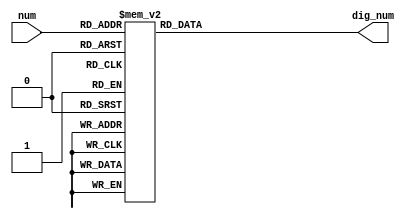
`timescale 1ns / 1ps
//////////////////////////////////////////////////////////////////////////////////
// Company: 
// Engineer: 
// 
// Design Name: 
// Module Name: trans_dig
// Project Name: 
// Target Devices: 
// Tool Versions: 
// Description: 
// 
// Dependencies: 
// 
// Revision:
// Revision 0.01 - File Created
// Additional Comments:
// 
//////////////////////////////////////////////////////////////////////////////////


module trans_dig(
input [3:0]num,
output reg [7:0]dig_num
    );
    
    always@(*) begin
  case(num)  //hex0
    0:dig_num <= 8'b10111111;  //0
    1:dig_num <= 8'b10000110;  //1
    2:dig_num <= 8'b11011011;  //2
    3:dig_num <= 8'b11001111;  //3
    4:dig_num <= 8'b11100110; // 4
    5:dig_num <= 8'b11101101; // 5
    6:dig_num <= 8'b11111101; // 6
    7:dig_num <= 8'b10000111; // 7
    8:dig_num <= 8'b11111111; // 8
    9:dig_num <= 8'b11100111; // 9
    10:dig_num <= 8'b11110111; // A
    11:dig_num <= 8'b11111100; // b
    12:dig_num <= 8'b11011000; // c
    13:dig_num <= 8'b11011110; // d
    14:dig_num <= 8'b11111001; // E
    15:dig_num <= 8'b11110001; // F
    default:dig_num <= 8'b00000000;//
    endcase
  end
endmodule